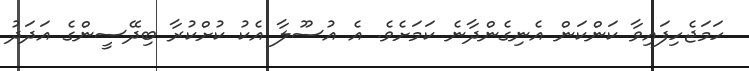
ހަމަޖެހިފައިވާ ކަންކަން އެނިގެންދާނެ ކަމަށެވެ. އެ އުސޫލާ އެކު ކުށްކުރާ ބިދޭސީންގެ އަދަދު